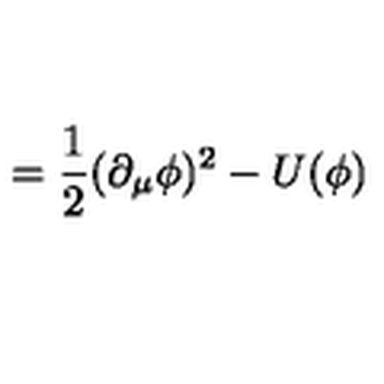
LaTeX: = \frac { 1 } { 2 } ( \partial _ { \mu } \phi ) ^ { 2 } - U ( \phi )